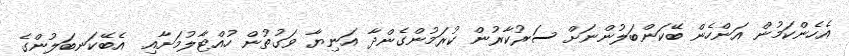
އެހެންކަމުން އަންހެން ބޭކަންބަލުންނަށް ސަރުކާރުން ކުރަމުންގެންދާ އަނިޔާ ވަގުތުން ހުއްޓާލުމަށާއި  އެބޭކަނބަލުންގެ